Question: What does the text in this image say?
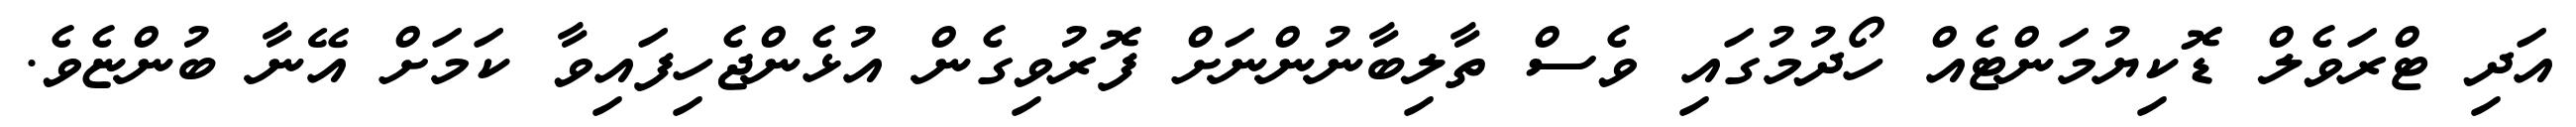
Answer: އަދި ޓްރަވެލް ޑޮކިޔުމަންޓެއް ހޯދުމުގައި ވެސް ތާލިބާނުންނަށް ފޮރުވިގެން އުޅެންޖެހިފައިވާ ކަމަށް އޭނާ ބުންޏެވެ.